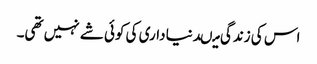
اس کی زندگی میںدنیا داری کی کوئی شے نہیں تھی۔